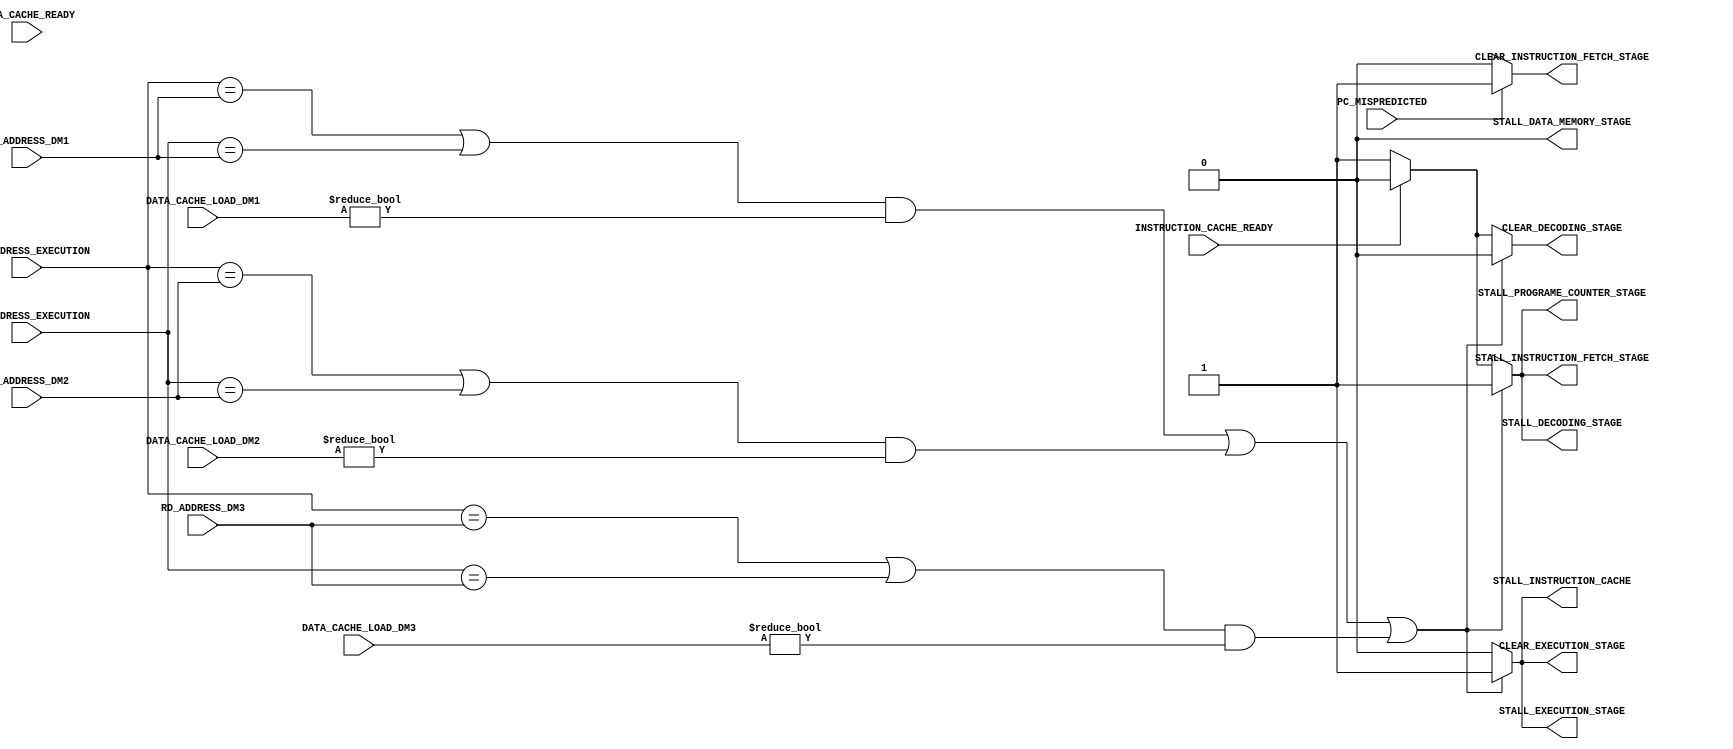
module HAZARD_CONTROL_UNIT #(
        parameter   REG_ADD_WIDTH           = 5         ,
        parameter   D_CACHE_LW_WIDTH        = 3         ,
        
        parameter   DATA_CACHE_LOAD_NONE    = 3'b000    ,
        
        parameter   HIGH                    = 1'b1      ,
        parameter   LOW                     = 1'b0
    ) (
        input                                   INSTRUCTION_CACHE_READY         ,
        input                                   DATA_CACHE_READY                ,
        input                                   PC_MISPREDICTED                 ,
        input   [REG_ADD_WIDTH -1      : 0]     RS1_ADDRESS_EXECUTION           ,
        input   [REG_ADD_WIDTH -1      : 0]     RS2_ADDRESS_EXECUTION           ,
        input   [D_CACHE_LW_WIDTH - 1  : 0]     DATA_CACHE_LOAD_DM1             ,
        input   [REG_ADD_WIDTH -1      : 0]     RD_ADDRESS_DM1                  ,
        input   [D_CACHE_LW_WIDTH - 1  : 0]     DATA_CACHE_LOAD_DM2             ,
        input   [REG_ADD_WIDTH -1      : 0]     RD_ADDRESS_DM2                  ,
        input   [D_CACHE_LW_WIDTH - 1  : 0]     DATA_CACHE_LOAD_DM3             ,
        input   [REG_ADD_WIDTH -1      : 0]     RD_ADDRESS_DM3                  ,
        output                                  CLEAR_INSTRUCTION_FETCH_STAGE   ,
        output                                  CLEAR_DECODING_STAGE            ,
        output                                  CLEAR_EXECUTION_STAGE           ,
        output                                  STALL_PROGRAME_COUNTER_STAGE    ,
        output                                  STALL_INSTRUCTION_CACHE         ,
        output                                  STALL_INSTRUCTION_FETCH_STAGE   ,
        output                                  STALL_DECODING_STAGE            ,
        output                                  STALL_EXECUTION_STAGE           ,
        output                                  STALL_DATA_MEMORY_STAGE                       
    );
    
    reg             clear_instruction_fetch_stage_reg       ;
    reg             clear_decoding_stage_reg                ;
    reg             clear_execution_stage_reg               ;
    reg             stall_programe_counter_stage_reg        ;
    reg             stall_instruction_cache_reg             ;
    reg             stall_instruction_fetch_stage_reg       ;
    reg             stall_decoding_stage_reg                ;
    reg             stall_execution_stage_reg               ;
    reg             stall_data_memory_stage_reg             ;
    
    initial
    begin
        clear_instruction_fetch_stage_reg   = LOW       ;
        clear_decoding_stage_reg            = LOW       ;
        clear_execution_stage_reg           = LOW       ;
        stall_programe_counter_stage_reg    = LOW       ;
        stall_instruction_cache_reg         = LOW       ;
        stall_instruction_fetch_stage_reg   = LOW       ;
        stall_decoding_stage_reg            = LOW       ;
        stall_execution_stage_reg           = LOW       ;
        stall_data_memory_stage_reg         = LOW       ;
    end
    
    always@(*) 
    begin
        if(PC_MISPREDICTED == HIGH)
        begin
            clear_instruction_fetch_stage_reg   = HIGH      ;
            clear_decoding_stage_reg            = HIGH      ;
        end
        else
        begin
            clear_instruction_fetch_stage_reg   = LOW       ;
            clear_decoding_stage_reg            = LOW       ;
        end
 
        if((((RS1_ADDRESS_EXECUTION == RD_ADDRESS_DM1) | (RS2_ADDRESS_EXECUTION == RD_ADDRESS_DM1))& DATA_CACHE_LOAD_DM1 != DATA_CACHE_LOAD_NONE) | (((RS1_ADDRESS_EXECUTION == RD_ADDRESS_DM2) | (RS2_ADDRESS_EXECUTION == RD_ADDRESS_DM2))& DATA_CACHE_LOAD_DM2 != DATA_CACHE_LOAD_NONE) | (((RS1_ADDRESS_EXECUTION == RD_ADDRESS_DM3) | (RS2_ADDRESS_EXECUTION == RD_ADDRESS_DM3))& DATA_CACHE_LOAD_DM3 != DATA_CACHE_LOAD_NONE)) 
        begin
            clear_decoding_stage_reg            = LOW       ;
            clear_execution_stage_reg           = HIGH      ;
            stall_programe_counter_stage_reg    = HIGH      ;
            stall_instruction_cache_reg         = HIGH      ;
            stall_instruction_fetch_stage_reg   = HIGH      ;
            stall_decoding_stage_reg            = HIGH      ;
            stall_execution_stage_reg           = HIGH      ;
        end
        else if(INSTRUCTION_CACHE_READY == LOW)
        begin
            clear_decoding_stage_reg            = HIGH      ;
            clear_execution_stage_reg           = LOW       ;
            stall_programe_counter_stage_reg    = HIGH      ;
            stall_instruction_cache_reg         = LOW       ;
            stall_instruction_fetch_stage_reg   = HIGH      ;
            stall_decoding_stage_reg            = HIGH      ;
            stall_execution_stage_reg           = LOW       ;
        end
        else
        begin
            clear_decoding_stage_reg            = LOW       ;
            clear_execution_stage_reg           = LOW       ;
            stall_programe_counter_stage_reg    = LOW       ;
            stall_instruction_cache_reg         = LOW       ;
            stall_instruction_fetch_stage_reg   = LOW       ;
            stall_decoding_stage_reg            = LOW       ;
            stall_execution_stage_reg           = LOW       ;
        end
    end
    
    assign CLEAR_INSTRUCTION_FETCH_STAGE    = clear_instruction_fetch_stage_reg     ;
    assign CLEAR_DECODING_STAGE             = clear_decoding_stage_reg              ;
    assign CLEAR_EXECUTION_STAGE            = clear_execution_stage_reg             ;
    assign STALL_PROGRAME_COUNTER_STAGE     = stall_programe_counter_stage_reg      ;
    assign STALL_INSTRUCTION_CACHE          = stall_instruction_cache_reg           ;
    assign STALL_INSTRUCTION_FETCH_STAGE    = stall_instruction_fetch_stage_reg     ;
    assign STALL_DECODING_STAGE             = stall_decoding_stage_reg              ;
    assign STALL_EXECUTION_STAGE            = stall_execution_stage_reg             ;
    assign STALL_DATA_MEMORY_STAGE          = stall_data_memory_stage_reg           ;
    
endmodule